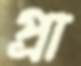
প্রা